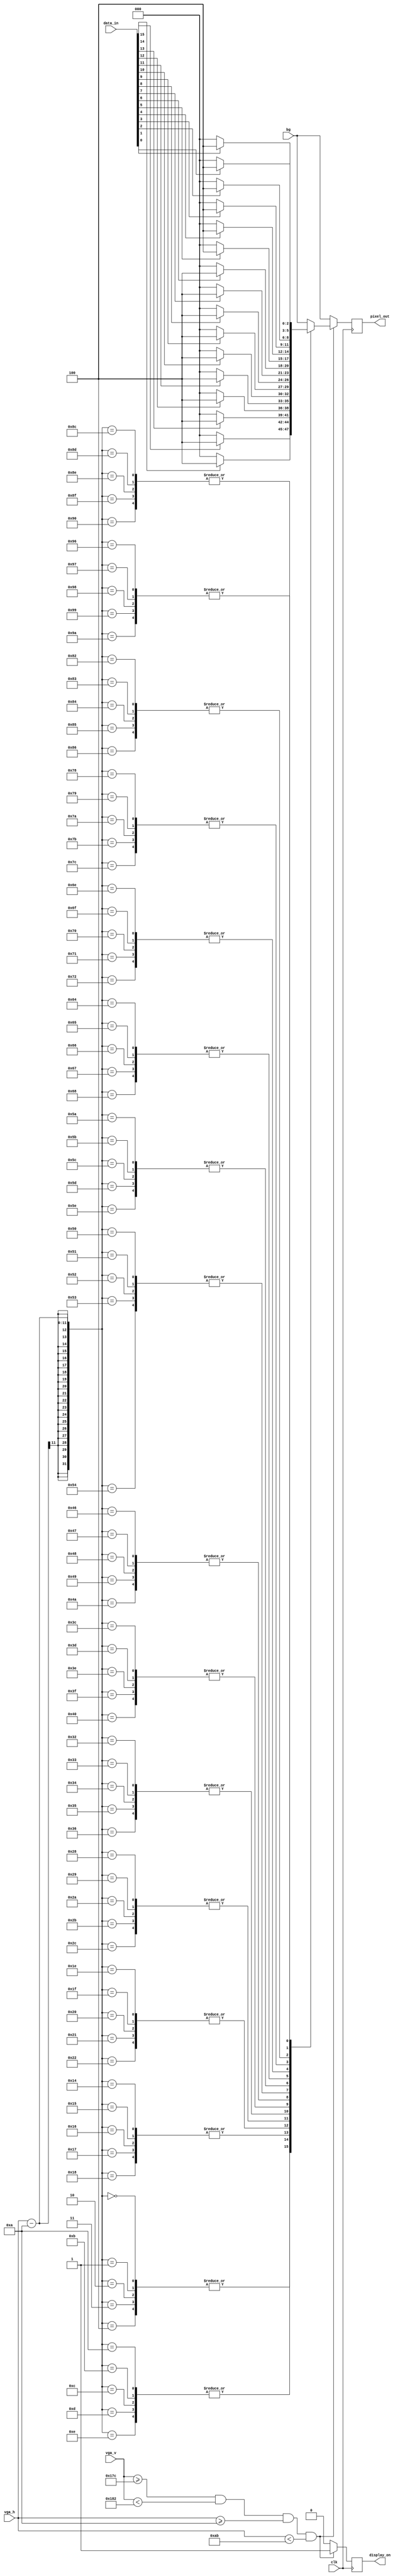
module register_display(
    input clk,               // the system clock
    input [15:0] data_in,    // the value of the register to show
    input [10:0] vga_h,      // the current vertical pixel count being displayed
    input [10:0] vga_v,      // the current horizontal pixel count being displayed
    input [2:0] bg,          // the colour of the background pixel
    output [2:0] pixel_out,  // The requested  pixel value at vga_h x vga_v
    output display_on        // whether the screen should be displaying this
 );
 
    parameter START_H = 10;  // horizontal pixel where this should appear on the screen
    parameter START_V = 380; // vertical pixel where this should appear on the screen
 
    reg [2:0] out = 0;
    assign pixel_out = out;
    reg on = 0;
    assign display_on = on;
   
   	always @ (posedge clk) begin
        if (vga_v >= START_V && vga_v < START_V + 11'd6
        && vga_h >= START_H && vga_h < START_H + 11'd161) begin
            on <= 1'b1;
            // 5 x 5 squares that light if the corresponding bit in the data is set.
            case (vga_h - START_H) 
                  11'd0,  11'd1,  11'd2,  11'd3,  11'd4: out <= data_in[15] ? 3'b100 : 3'b000;
                 11'd10, 11'd11, 11'd12, 11'd13, 11'd14: out <= data_in[14] ? 3'b100 : 3'b000;
                 11'd20, 11'd21, 11'd22, 11'd23, 11'd24: out <= data_in[13] ? 3'b100 : 3'b000;
                 11'd30, 11'd31, 11'd32, 11'd33, 11'd34: out <= data_in[12] ? 3'b100 : 3'b000;
                 11'd40, 11'd41, 11'd42, 11'd43, 11'd44: out <= data_in[11] ? 3'b100 : 3'b000;
                 11'd50, 11'd51, 11'd52, 11'd53, 11'd54: out <= data_in[10] ? 3'b100 : 3'b000;
                 11'd60, 11'd61, 11'd62, 11'd63, 11'd64: out <= data_in[9]  ? 3'b100 : 3'b000;
                 11'd70, 11'd71, 11'd72, 11'd73, 11'd74: out <= data_in[8]  ? 3'b100 : 3'b000;
                 11'd80, 11'd81, 11'd82, 11'd83, 11'd84: out <= data_in[7]  ? 3'b100 : 3'b000;
                 11'd90, 11'd91, 11'd92, 11'd93, 11'd94: out <= data_in[6]  ? 3'b100 : 3'b000;
                11'd100,11'd101,11'd102,11'd103,11'd104: out <= data_in[5]  ? 3'b100 : 3'b000;
                11'd110,11'd111,11'd112,11'd113,11'd114: out <= data_in[4]  ? 3'b100 : 3'b000;
                11'd120,11'd121,11'd122,11'd123,11'd124: out <= data_in[3]  ? 3'b100 : 3'b000;
                11'd130,11'd131,11'd132,11'd133,11'd134: out <= data_in[2]  ? 3'b100 : 3'b000;
                11'd140,11'd141,11'd142,11'd143,11'd144: out <= data_in[1]  ? 3'b100 : 3'b000;
                11'd150,11'd151,11'd152,11'd153,11'd154: out <= data_in[0]  ? 3'b100 : 3'b000;
                default: out <= bg;
            endcase
        end else begin
            out <= bg;
            on <= 1'b0;
        end
    end 
    
 endmodule